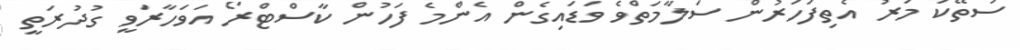
ސަތޭކަ މަރު އެތިފަހަރުން ސަލާމަތްވެ ވަޑައިގެން އެންމެ ފަހުން ކާސްޓްރޯ އަވަހާރަވީ ގުދުރަތީ